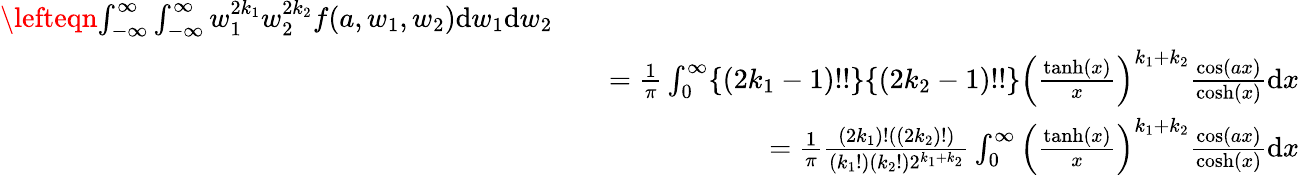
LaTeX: \begin{array}{rlr}{\lefteqn{\int_{-\infty}^{\infty}\int_{-\infty}^{\infty}w_{1}^{2k_{1}}w_{2}^{2k_{2}}f(a,w_{1},w_{2})\mathrm{d}w_{1}\mathrm{d}w_{2}}}\\ &{}&{=\frac{1}{\pi}\int_{0}^{\infty}\{ (2k_{1}-1)!!\} \{ (2k_{2}-1)!!\} \left(\frac{\operatorname{tanh}(x)}{x}\right)^{k_{1}+k_{2}}\frac{\cos(ax)}{\cosh(x)}\mathrm{d}x}\\ &{}&{=\frac{1}{\pi}\frac{(2k_{1})!((2k_{2})!)}{(k_{1}!)(k_{2}!)2^{k_{1}+k_{2}}}\int_{0}^{\infty}\left(\frac{\operatorname{tanh}(x)}{x}\right)^{k_{1}+k_{2}}\frac{\cos(ax)}{\cosh(x)}\mathrm{d}x}\end{array}